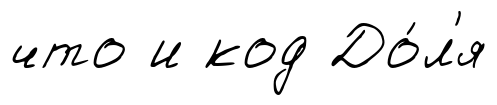
что и код До́л'я